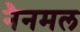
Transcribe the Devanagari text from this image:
नैनमल